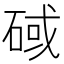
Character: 䂸